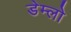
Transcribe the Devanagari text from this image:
डेम्लो